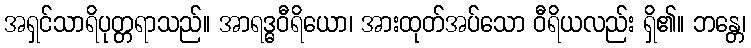
အရှင်သာရိပုတ္တရာသည်။ အာရဒ္ဓဝီရိယော၊ အားထုတ်အပ်သော ဝီရိယလည်း ရှိ၏။ ဘန္တေ၊